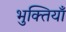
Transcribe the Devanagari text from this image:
भुक्तियाँ